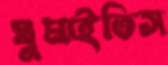
ঘুমাইতিস